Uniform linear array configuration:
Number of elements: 12
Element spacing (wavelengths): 0.75
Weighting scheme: cosine
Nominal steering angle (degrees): -60
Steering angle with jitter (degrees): -58.018
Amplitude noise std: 0.05
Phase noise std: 0.05

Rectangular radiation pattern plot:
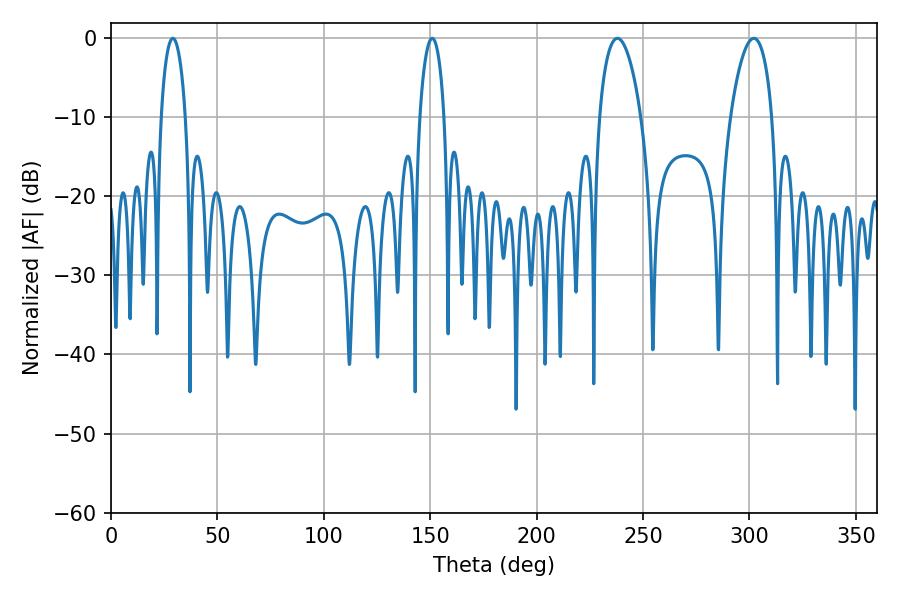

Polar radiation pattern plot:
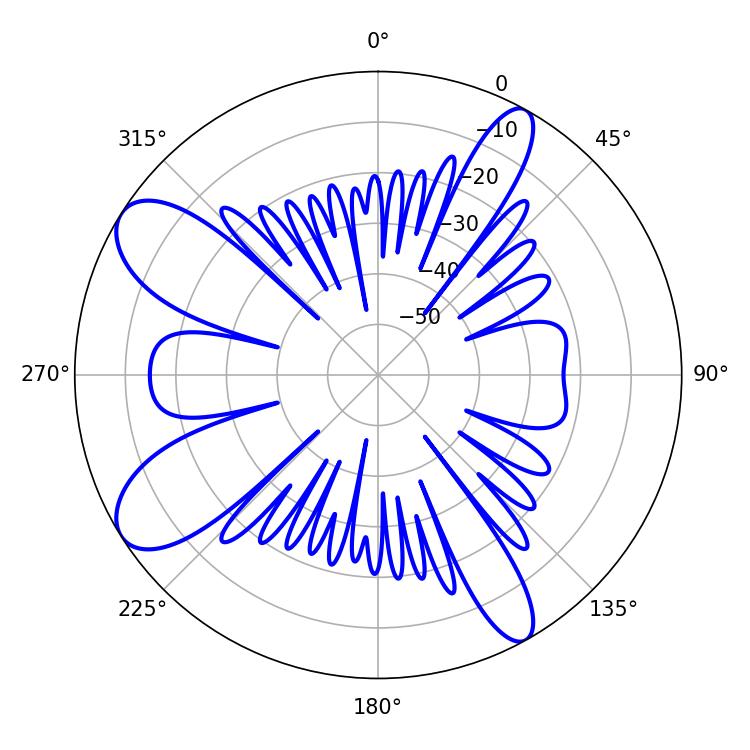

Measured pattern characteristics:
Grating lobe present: TRUE
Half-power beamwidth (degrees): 10.98
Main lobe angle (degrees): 237.96